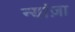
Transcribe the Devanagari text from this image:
न्यांज़ा